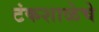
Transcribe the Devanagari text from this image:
टंकशाळेचे